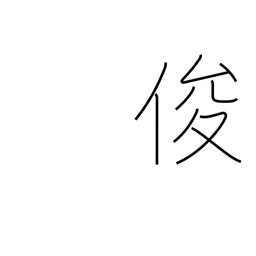
Meaning: sagacious